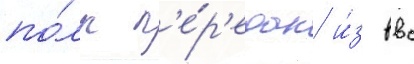
по́лк п'е́р'едан и́з ввс